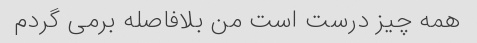
همه چیز درست است من بلافاصله برمی گردم